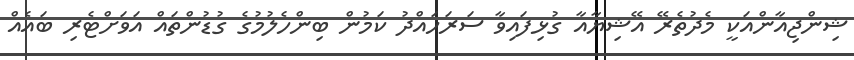
ޝިންޖިއާންއަކީ މެދުތެރޭ އޭޝިޔާއާ ގުޅިފައިވާ ސަރަހައްދު ކަމުން ބިންހެލުމުގެ ގުޑުންތައް އަވަށްޓެރި ބައެއް